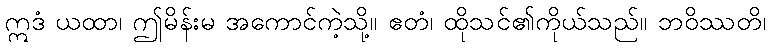
ဣဒံ ယထာ၊ ဤမိန်းမ အကောင်ကဲ့သို့။ ဧတံ၊ ထိုသင်၏ကိုယ်သည်။ ဘဝိဿတိ၊